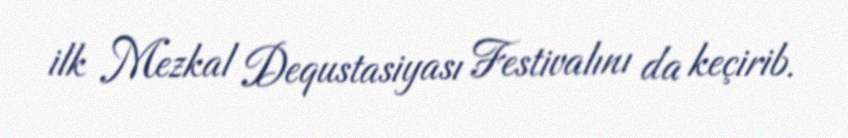
ilk Mezkal Dequstasiyası Festivalını da keçirib.